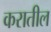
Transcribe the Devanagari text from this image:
करातील